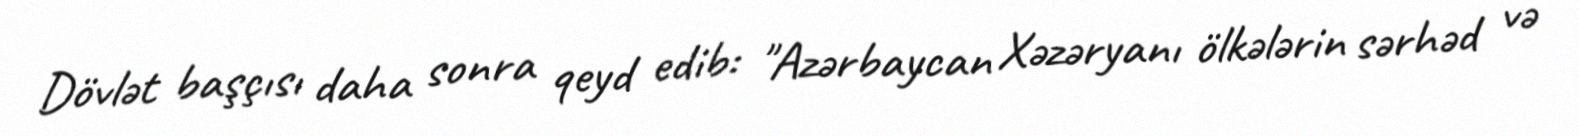
Dövlət başçısı daha sonra qeyd edib: "Azərbaycan Xəzəryanı ölkələrin sərhəd və